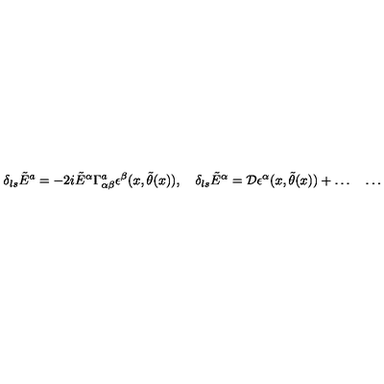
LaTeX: \delta _ { l s } \tilde { E } ^ { a } = - 2 i \tilde { E } ^ { \alpha } \Gamma _ { \alpha \beta } ^ { a } \epsilon ^ { \beta } ( x , \tilde { \theta } ( x ) ) , \quad \delta _ { l s } \tilde { E } ^ { \alpha } = { \cal D } \epsilon ^ { \alpha } ( x , \tilde { \theta } ( x ) ) + \ldots \quad \ldots